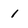
Character: 1